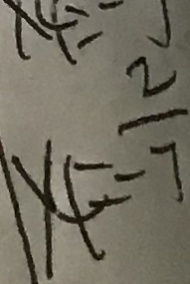
y _ { 4 } = \frac { 2 } { 7 }